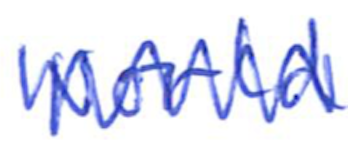
Text: World
Cross-out: zig-zag
Writing tool: ballpoint